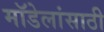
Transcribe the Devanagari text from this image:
मॉडेलांसाठी